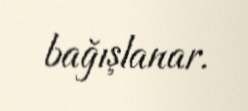
bağışlanar.